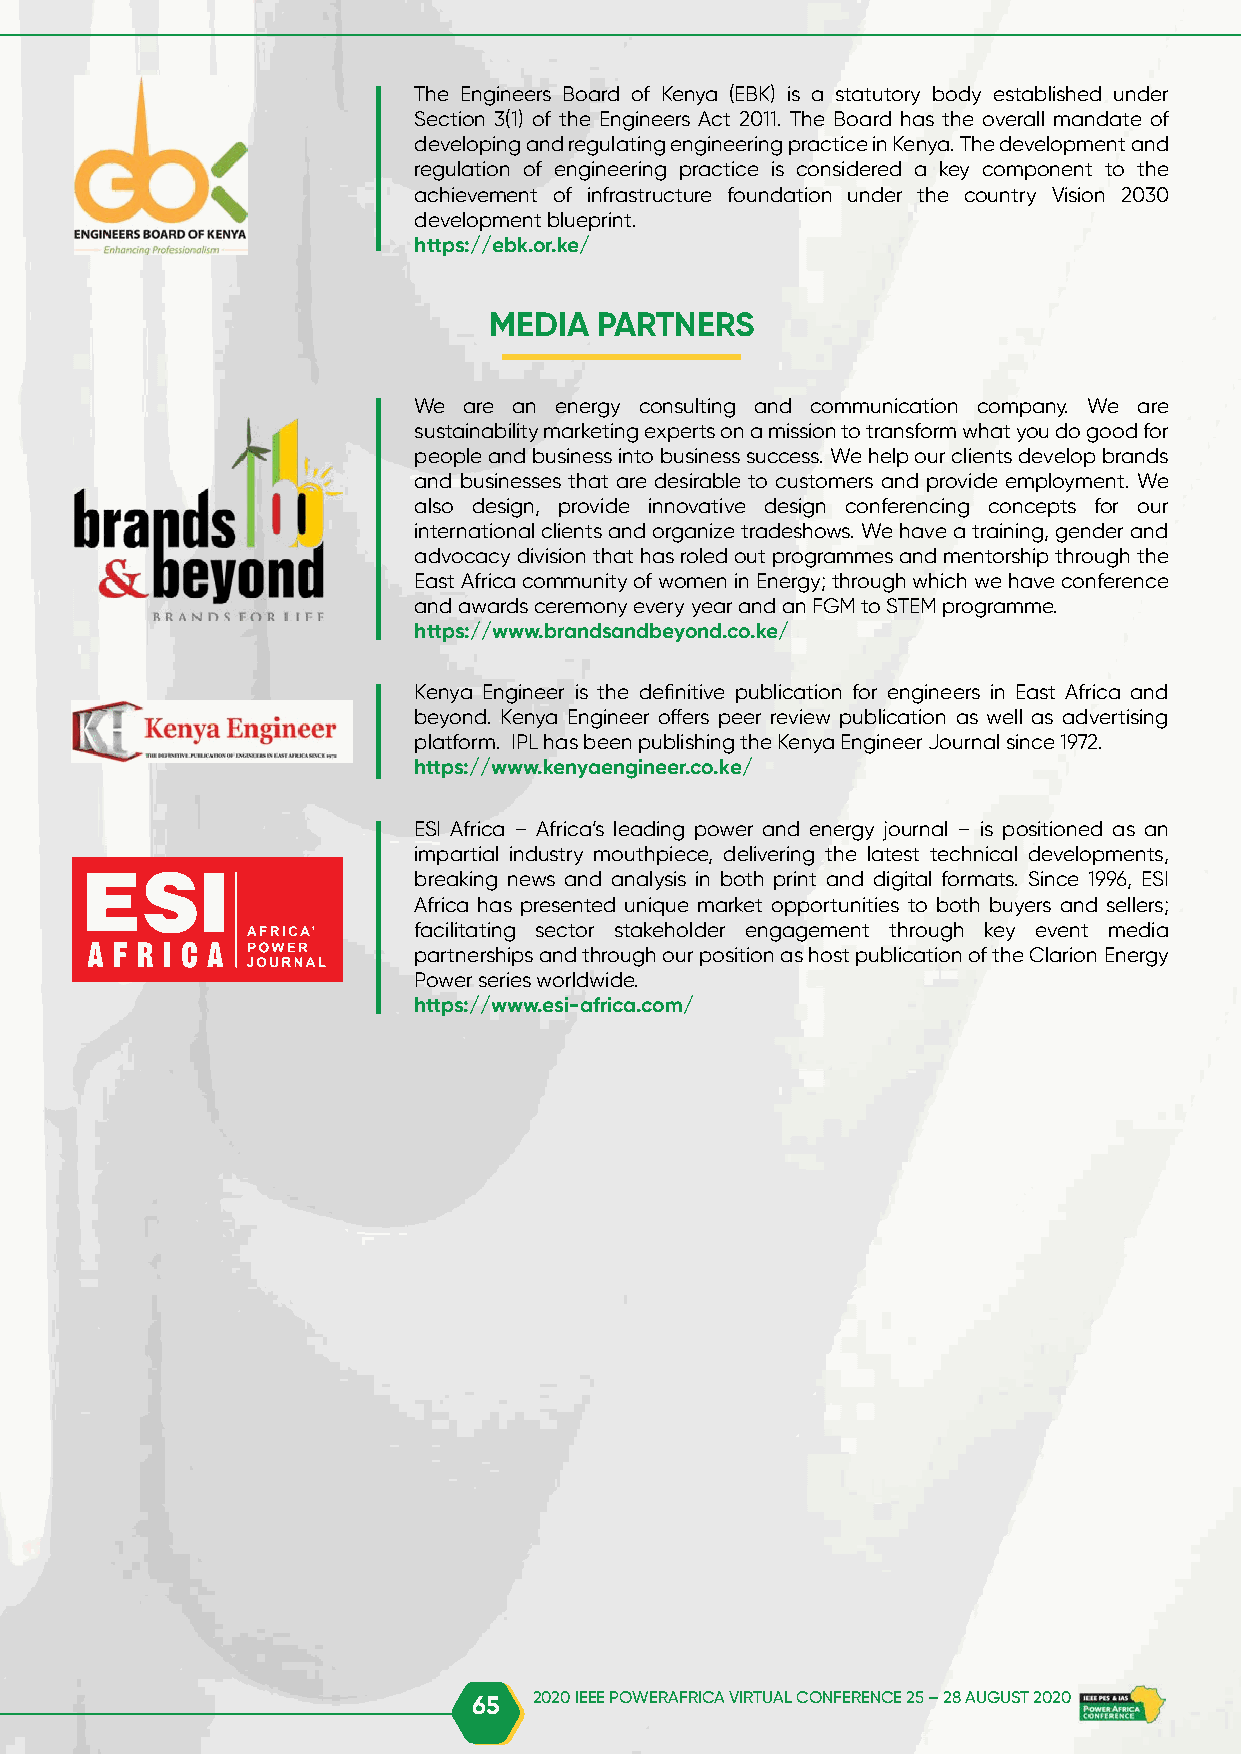
The Engineers Board of Kenya (EBK) is a statutory body established under
 Section 3(1) of the Engineers Act 2011. The Board has the overall mandate of
 developing and regulating engineering practice in Kenya. The development and
 regulation of engineering practice is considered a key component to the
 achievement of infrastructure foundation under the country Vision 2030
 development blueprint.
 https://ebk.or.ke/
 MEDIA   PARTNERS
 We  are an energy consulting and communication company. We are
 sustainability marketing experts on a mission to transform what you do good for
 people and business into business success. We help our clients develop brands
 and businesses that are desirable to customers and provide employment. We
 also design, provide innovative design conferencing concepts for our
 international clients and organize tradeshows. We have a training, gender and
 advocacy division that has roled out programmes and mentorship through the
 East Africa community of women in Energy; through which we have conference
 and awards ceremony every year and an FGM to STEM programme.
 https://www.brandsandbeyond.co.ke/
 Kenya Engineer is the definitive publication for engineers in East Africa and
 beyond. Kenya Engineer offers peer review publication as well as advertising
 platform. IPL has been publishing the Kenya Engineer Journal since 1972.
 https://www.kenyaengineer.co.ke/
 ESI Africa – Africa’s leading power and energy journal – is positioned as an
 impartial industry mouthpiece, delivering the latest technical developments,
 breaking news and analysis in both print and digital formats. Since 1996, ESI
 Africa has presented unique market opportunities to both buyers and sellers;
 facilitating sector stakeholder engagement through key event media
 partnerships and through our position as host publication of the Clarion Energy
 Power series worldwide.
 https://www.esi-africa.com/
 65  2020 IEEE POWERAFRICA VIRTUAL CONFERENCE 25 – 28 AUGUST 2020